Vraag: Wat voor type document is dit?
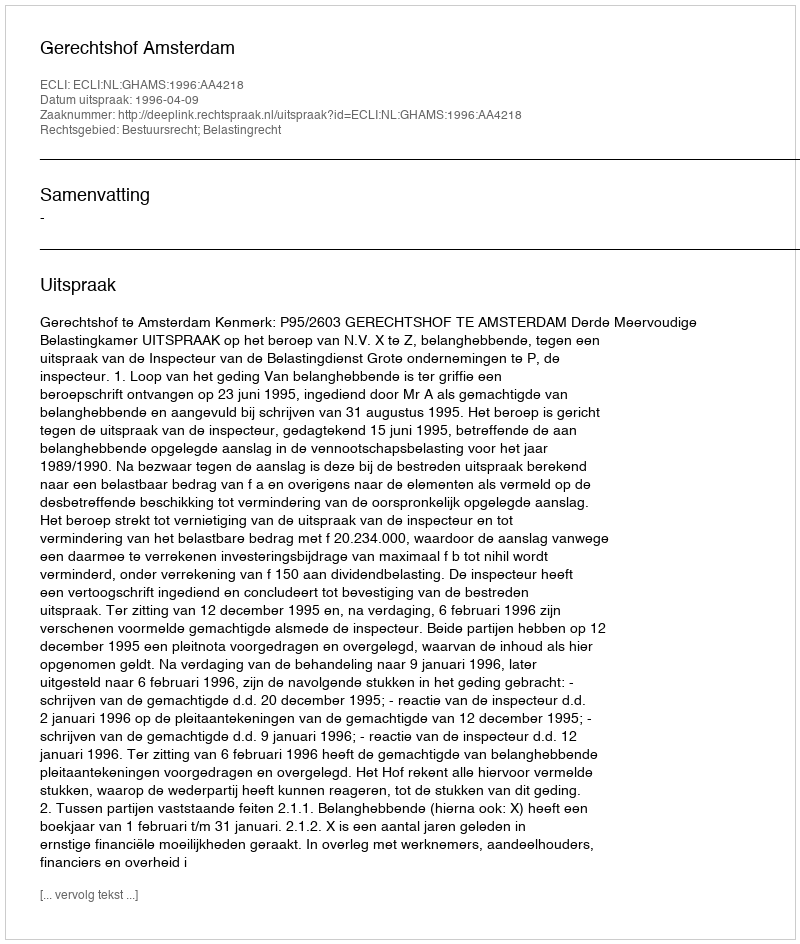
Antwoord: Uitspraak